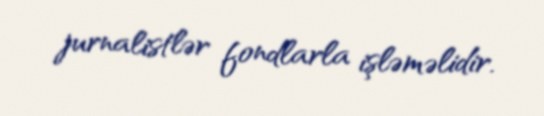
jurnalistlər fondlarla işləməlidir.